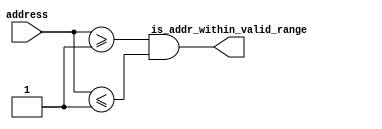
// (C) 2001-2018 Intel Corporation. All rights reserved.
// Your use of Intel Corporation's design tools, logic functions and other 
// software and tools, and its AMPP partner logic functions, and any output 
// files from any of the foregoing (including device programming or simulation 
// files), and any associated documentation or information are expressly subject 
// to the terms and conditions of the Intel Program License Subscription 
// Agreement, Intel FPGA IP License Agreement, or other applicable 
// license agreement, including, without limitation, that your use is for the 
// sole purpose of programming logic devices manufactured by Intel and sold by 
// Intel or its authorized distributors.  Please refer to the applicable 
// agreement for further details.


////////////////////////////////////////////////////////////////////
//
//  ALTERA_ONCHIP_FLASH_UTIL
//
//  Copyright (C) 1991-2013 Altera Corporation
//  Your use of Altera Corporation's design tools, logic functions 
//  and other software and tools, and its AMPP partner logic 
//  functions, and any output files from any of the foregoing 
//  (including device programming or simulation files), and any 
//  associated documentation or information are expressly subject 
//  to the terms and conditions of the Altera Program License 
//  Subscription Agreement, Altera MegaCore Function License 
//  Agreement, or other applicable license agreement, including, 
//  without limitation, that your use is for the sole purpose of 
//  programming logic devices manufactured by Altera and sold by 
//  Altera or its authorized distributors.  Please refer to the 
//  applicable agreement for further details.
//
////////////////////////////////////////////////////////////////////

// synthesis VERILOG_INPUT_VERSION VERILOG_2001

`timescale 1 ps / 1 ps

module altera_onchip_flash_address_range_check (
    address,
    is_addr_within_valid_range
);

    parameter FLASH_ADDR_WIDTH = 23;
    parameter MIN_VALID_ADDR = 1;
    parameter MAX_VALID_ADDR = 1;

    input [FLASH_ADDR_WIDTH-1:0] address;
    output is_addr_within_valid_range;
    
    assign is_addr_within_valid_range = (address >= MIN_VALID_ADDR) && (address <= MAX_VALID_ADDR);

endmodule


module altera_onchip_flash_address_write_protection_check (
    use_sector_addr,
    address,
    write_protection_mode,
    is_addr_writable
);

    parameter FLASH_ADDR_WIDTH = 23;
    parameter SECTOR1_START_ADDR = 1;
    parameter SECTOR1_END_ADDR = 1;
    parameter SECTOR2_START_ADDR = 1;
    parameter SECTOR2_END_ADDR = 1;
    parameter SECTOR3_START_ADDR = 1;
    parameter SECTOR3_END_ADDR = 1;
    parameter SECTOR4_START_ADDR = 1;
    parameter SECTOR4_END_ADDR = 1;
    parameter SECTOR5_START_ADDR = 1;
    parameter SECTOR5_END_ADDR = 1;
    parameter SECTOR_READ_PROTECTION_MODE = 5'b11111;

    input use_sector_addr;
    input [FLASH_ADDR_WIDTH-1:0] address;
    input [4:0] write_protection_mode;
    output is_addr_writable;

    wire is_sector1_addr;
    wire is_sector2_addr;
    wire is_sector3_addr;
    wire is_sector4_addr;
    wire is_sector5_addr;    
    wire is_sector1_writable;
    wire is_sector2_writable;
    wire is_sector3_writable;
    wire is_sector4_writable;
    wire is_sector5_writable;
    
    assign is_sector1_addr = (use_sector_addr) ? (address == 1) : ((address >= SECTOR1_START_ADDR) && (address <= SECTOR1_END_ADDR));
    assign is_sector2_addr = (use_sector_addr) ? (address == 2) : ((address >= SECTOR2_START_ADDR) && (address <= SECTOR2_END_ADDR));
    assign is_sector3_addr = (use_sector_addr) ? (address == 3) : ((address >= SECTOR3_START_ADDR) && (address <= SECTOR3_END_ADDR));
    assign is_sector4_addr = (use_sector_addr) ? (address == 4) : ((address >= SECTOR4_START_ADDR) && (address <= SECTOR4_END_ADDR));
    assign is_sector5_addr = (use_sector_addr) ? (address == 5) : ((address >= SECTOR5_START_ADDR) && (address <= SECTOR5_END_ADDR));
    assign is_sector1_writable = ~(write_protection_mode[0] || SECTOR_READ_PROTECTION_MODE[0]);
    assign is_sector2_writable = ~(write_protection_mode[1] || SECTOR_READ_PROTECTION_MODE[1]);
    assign is_sector3_writable = ~(write_protection_mode[2] || SECTOR_READ_PROTECTION_MODE[2]);
    assign is_sector4_writable = ~(write_protection_mode[3] || SECTOR_READ_PROTECTION_MODE[3]);
    assign is_sector5_writable = ~(write_protection_mode[4] || SECTOR_READ_PROTECTION_MODE[4]);
    assign is_addr_writable = ((is_sector1_writable && is_sector1_addr) ||
                               (is_sector2_writable && is_sector2_addr) ||
                               (is_sector3_writable && is_sector3_addr) ||
                               (is_sector4_writable && is_sector4_addr) ||
                               (is_sector5_writable && is_sector5_addr));

endmodule

module altera_onchip_flash_s_address_write_protection_check (
    address,
    is_sector1_writable,
    is_sector2_writable,
    is_sector3_writable,
    is_sector4_writable,
    is_sector5_writable,
    is_addr_writable
);

    input [2:0] address;
    input is_sector1_writable;
    input is_sector2_writable;
    input is_sector3_writable;
    input is_sector4_writable;
    input is_sector5_writable;
    output is_addr_writable;

    wire is_sector1_addr;
    wire is_sector2_addr;
    wire is_sector3_addr;
    wire is_sector4_addr;
    wire is_sector5_addr;

    assign is_sector1_addr = (address == 1);
    assign is_sector2_addr = (address == 2);
    assign is_sector3_addr = (address == 3);
    assign is_sector4_addr = (address == 4);
    assign is_sector5_addr = (address == 5);

    assign is_addr_writable = ((is_sector1_writable && is_sector1_addr) ||
                               (is_sector2_writable && is_sector2_addr) ||
                               (is_sector3_writable && is_sector3_addr) ||
                               (is_sector4_writable && is_sector4_addr) ||
                               (is_sector5_writable && is_sector5_addr));

endmodule

module altera_onchip_flash_a_address_write_protection_check (
    address,
    is_sector1_writable,
    is_sector2_writable,
    is_sector3_writable,
    is_sector4_writable,
    is_sector5_writable,
    is_addr_writable
);

    parameter FLASH_ADDR_WIDTH = 23;
    parameter SECTOR1_START_ADDR = 1;
    parameter SECTOR1_END_ADDR = 1;
    parameter SECTOR2_START_ADDR = 1;
    parameter SECTOR2_END_ADDR = 1;
    parameter SECTOR3_START_ADDR = 1;
    parameter SECTOR3_END_ADDR = 1;
    parameter SECTOR4_START_ADDR = 1;
    parameter SECTOR4_END_ADDR = 1;
    parameter SECTOR5_START_ADDR = 1;
    parameter SECTOR5_END_ADDR = 1;

    input [FLASH_ADDR_WIDTH-1:0] address;
    input is_sector1_writable;
    input is_sector2_writable;
    input is_sector3_writable;
    input is_sector4_writable;
    input is_sector5_writable;
    output is_addr_writable;

    wire is_sector1_addr;
    wire is_sector2_addr;
    wire is_sector3_addr;
    wire is_sector4_addr;
    wire is_sector5_addr;

    assign is_sector1_addr = ((address >= SECTOR1_START_ADDR) && (address <= SECTOR1_END_ADDR));
    assign is_sector2_addr = ((address >= SECTOR2_START_ADDR) && (address <= SECTOR2_END_ADDR));
    assign is_sector3_addr = ((address >= SECTOR3_START_ADDR) && (address <= SECTOR3_END_ADDR));
    assign is_sector4_addr = ((address >= SECTOR4_START_ADDR) && (address <= SECTOR4_END_ADDR));
    assign is_sector5_addr = ((address >= SECTOR5_START_ADDR) && (address <= SECTOR5_END_ADDR));

    assign is_addr_writable = ((is_sector1_writable && is_sector1_addr) ||
                               (is_sector2_writable && is_sector2_addr) ||
                               (is_sector3_writable && is_sector3_addr) ||
                               (is_sector4_writable && is_sector4_addr) ||
                               (is_sector5_writable && is_sector5_addr));

endmodule

module altera_onchip_flash_convert_address (
    address,
    flash_addr
);

    parameter FLASH_ADDR_WIDTH = 23;
    parameter ADDR_RANGE1_END_ADDR = 1;
    parameter ADDR_RANGE2_END_ADDR = 1;
    parameter ADDR_RANGE1_OFFSET = 1;
    parameter ADDR_RANGE2_OFFSET = 1;
    parameter ADDR_RANGE3_OFFSET = 1;

    input [FLASH_ADDR_WIDTH-1:0] address;
    output [FLASH_ADDR_WIDTH-1:0] flash_addr;

    assign flash_addr = (address <= ADDR_RANGE1_END_ADDR[FLASH_ADDR_WIDTH-1:0]) ? (address + ADDR_RANGE1_OFFSET[FLASH_ADDR_WIDTH-1:0]) : 
                        (address <= ADDR_RANGE2_END_ADDR[FLASH_ADDR_WIDTH-1:0]) ? (address + ADDR_RANGE2_OFFSET[FLASH_ADDR_WIDTH-1:0]) :
                        (address + ADDR_RANGE3_OFFSET[FLASH_ADDR_WIDTH-1:0]);
    
endmodule


module altera_onchip_flash_convert_sector (
    sector,
    flash_sector
);

    parameter SECTOR1_MAP = 1;
    parameter SECTOR2_MAP = 1;
    parameter SECTOR3_MAP = 1;
    parameter SECTOR4_MAP = 1;
    parameter SECTOR5_MAP = 1;

    input [2:0] sector;
    output [2:0] flash_sector;

    assign flash_sector = 
        (sector == 1) ? SECTOR1_MAP[2:0] :
        (sector == 2) ? SECTOR2_MAP[2:0] :
        (sector == 3) ? SECTOR3_MAP[2:0] :
        (sector == 4) ? SECTOR4_MAP[2:0] :
        (sector == 5) ? SECTOR5_MAP[2:0] :
        3'd0; // Set to 0 for invalid sector ID

endmodule


module altera_onchip_flash_counter (
    clock,
    reset,
    count
);
    input clock;
    input reset;
    output [4:0] count;
    
    reg [4:0] count_reg;
    
    assign count = count_reg;

    initial begin
        count_reg = 0;
    end
    
    always @ (posedge reset or posedge clock) begin
        if (reset) begin
            count_reg <= 0;
        end
        else begin
            count_reg <= count_reg + 5'd1;
        end
    end

endmodule